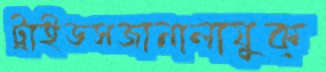
ট্রাইডসজানালাযুক্